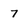
Character: 7